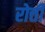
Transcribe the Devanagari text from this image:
रोत्ती